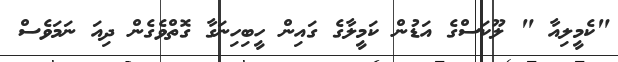
"ކެމީލިއާ " ލޫކަސްގެ އަޑުން ކަމީލާގެ ގައިން ހީބިހިނަގާ ގޮތްވެގެން ދިއަ ނަމަވެސް